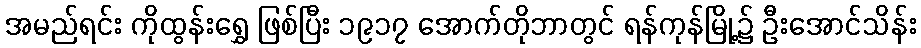
အမည်ရင်း ကိုထွန်းရွှေ ဖြစ်ပြီး ၁၉၁၇ အောက်တိုဘာတွင် ရန်ကုန်မြို့၌ ဦးအောင်သိန်း